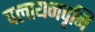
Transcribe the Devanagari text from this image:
पलायनवृनि